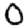
Digit: 0